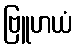
ဗြူဟယံ